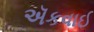
ઍકવાઈ